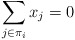
\begin{align*}\sum_{j\in \pi_i}x_j=0\end{align*}